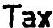
TAX